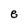
Character: e